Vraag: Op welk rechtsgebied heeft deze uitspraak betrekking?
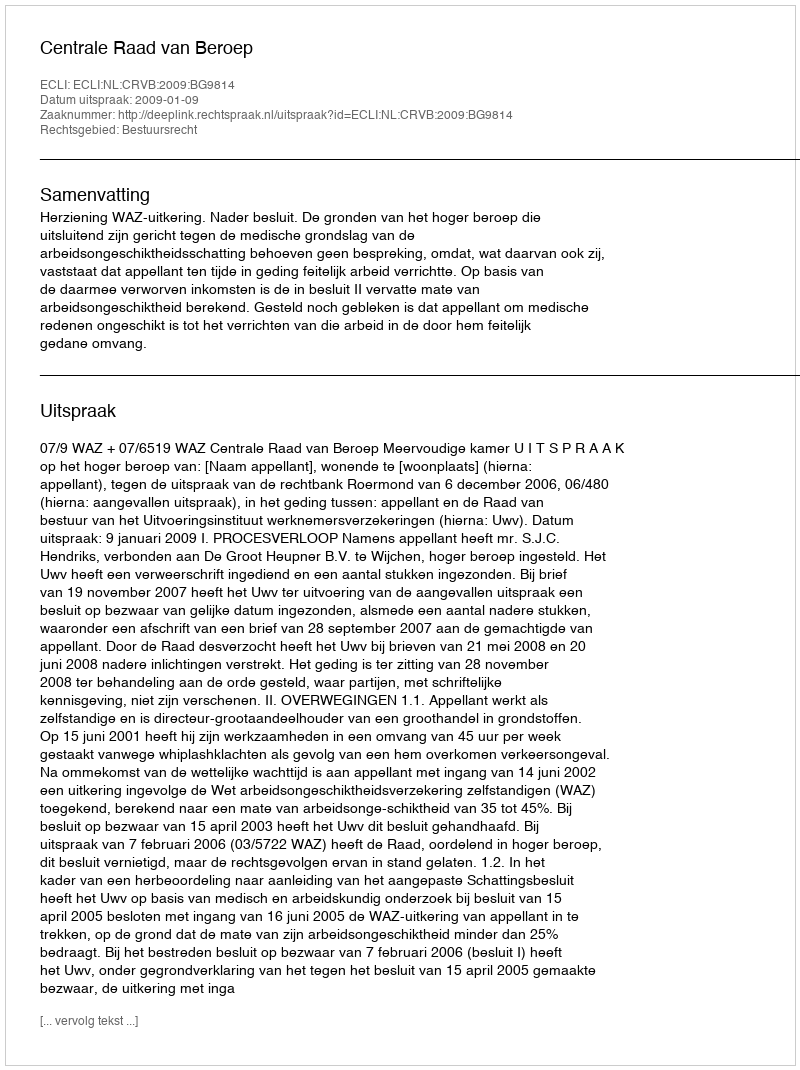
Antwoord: Bestuursrecht